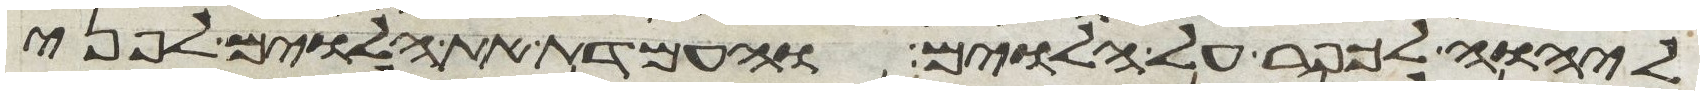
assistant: ליהוה לכפר על הלוים והעמדת את הלוים לפני